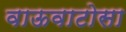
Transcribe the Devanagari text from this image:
वाऊवाटोसा